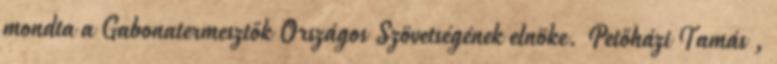
mondta a Gabonatermesztők Országos Szövetségének elnöke. Petőházi Tamás ,